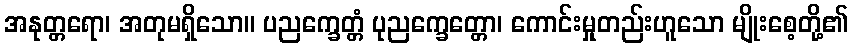
အနုတ္တရော၊ အတုမရှိသော။ ပညက္ခေတ္တံ ပုညက္ခေတ္တော၊ ကောင်းမှုတည်းဟူသော မျိုးစေ့တို့၏